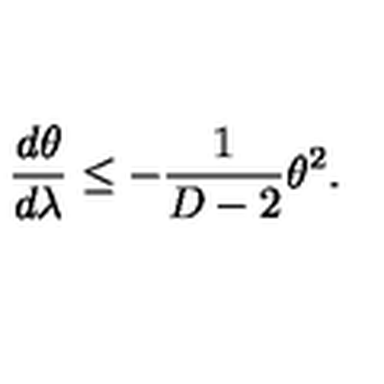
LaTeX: \frac { d \theta } { d \lambda } \leq - \frac { 1 } { D - 2 } \theta ^ { 2 } .